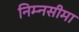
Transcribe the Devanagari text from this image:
निम्नसीमा